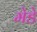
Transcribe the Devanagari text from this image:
मेडे